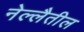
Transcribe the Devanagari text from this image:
नेल्लैतील